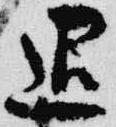
退